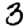
Digit: 3